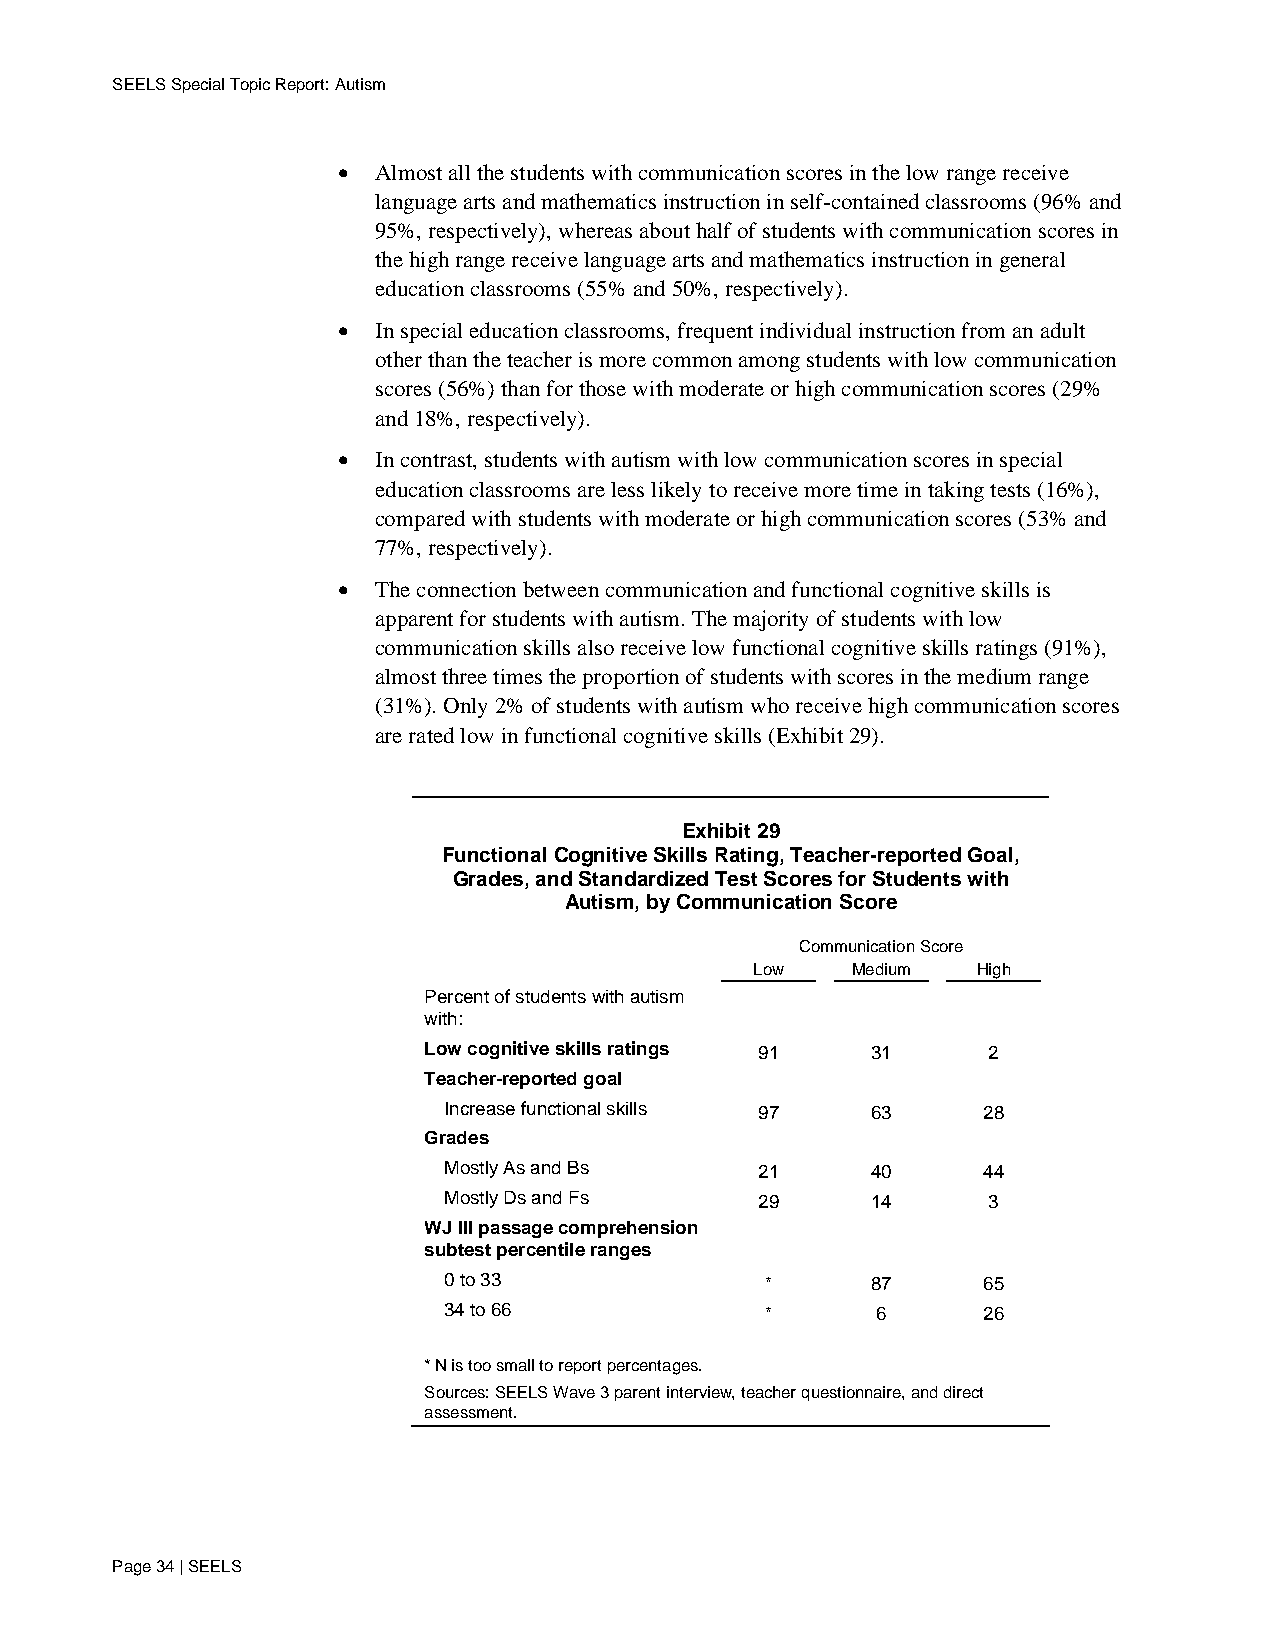
SEELS Special Topic Report: Autism
 •  Almost all the students with communication scores in the low range receive
 language arts and mathematics instruction in self-contained classrooms (96% and
 95%, respectively), whereas about half of students with communication scores in
 the high range receive language arts and mathematics instruction in general
 education classrooms (55% and 50%, respectively).
 •  In special education classrooms, frequent individual instruction from an adult
 other than the teacher is more common among students with low communication
 scores (56%) than for those with moderate or high communication scores (29%
 and 18%, respectively).
 •  In contrast, students with autism with low communication scores in special
 education classrooms are less likely to receive more time in taking tests (16%),
 compared with students with moderate or high communication scores (53% and
 77%, respectively).
 •  The connection between communication and functional cognitive skills is
 apparent for students with autism. The majority of students with low
 communication skills also receive low functional cognitive skills ratings (91%),
 almost three times the proportion of students with scores in the medium range
 (31%). Only 2% of students with autism who receive high communication scores
 are rated low in functional cognitive skills (Exhibit 29).
 Exhibit 29
 Functional Cognitive Skills Rating, Teacher-reported Goal,
 Grades, and Standardized Test Scores for Students with
 Autism, by Communication Score
 Communication Score
 Low   Medium   High
 Percent of students with autism
 with:
 Low cognitive skills ratings 91 31   2
 Teacher-reported goal
 Increase functional skills 97 63    28
 Grades
 Mostly As and Bs     21      40     44
 Mostly Ds and Fs     29      14     3
 WJ III passage comprehension
 subtest percentile ranges
 0 to 33               *      87     65
 34 to 66              *      6      26
 * N is too small to report percentages.
 Sources: SEELS Wave 3 parent interview, teacher questionnaire, and direct
 assessment.
 Page 34 | SEELS